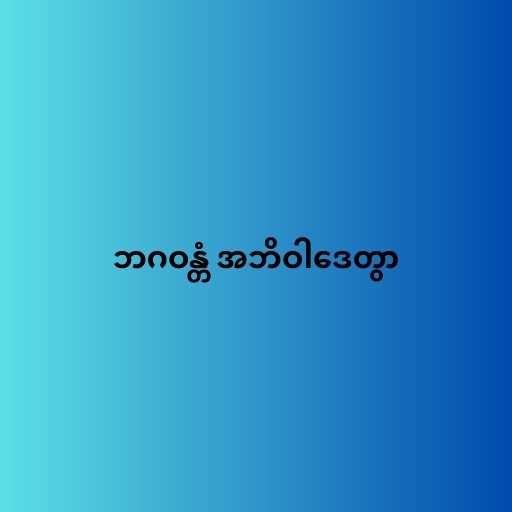
ဘဂဝန္တံ အဘိဝါဒေတွာ